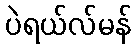
ပဲရယ်လ်မန်